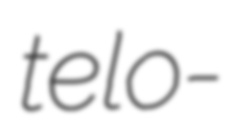
telo-